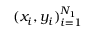
( x _ { i } , y _ { i } ) _ { i = 1 } ^ { N _ { 1 } }